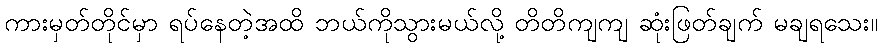
ကားမှတ်တိုင်မှာ ရပ်နေတဲ့အထိ ဘယ်ကိုသွားမယ်လို့ တိတိကျကျ ဆုံးဖြတ်ချက် မချရသေး။